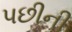
પછીની